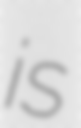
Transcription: is